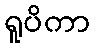
ရူပိကာ